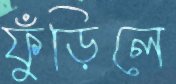
ফুঁড়িলে